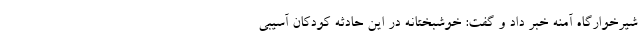
شیرخوارگاه آمنه خبر داد و گفت: خوشبختانه در این حادثه کودکان آسیبی